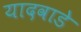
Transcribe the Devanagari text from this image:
यादवाडे